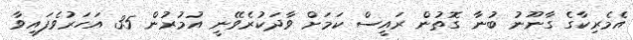
އެމެރިކާގެ ގާނޫނު ބުނާ ގޮތުން ރައީސް ކަމަށް ވާދަކުރެވޭނީ އުމުރުން 35 އަހަރުވެފައިވާ